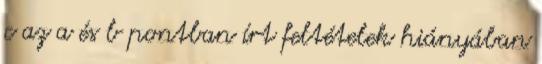
c az a és b pontban írt feltételek hiányában